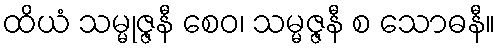
ထိယံ သမ္မုဇ္ဇနီ စေဝ၊ သမ္မဇ္ဇနီ စ သောဓနီ။